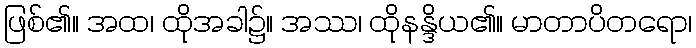
ဖြစ်၏။ အထ၊ ထိုအခါ၌။ အဿ၊ ထိုနန္ဒိယ၏။ မာတာပိတရော၊